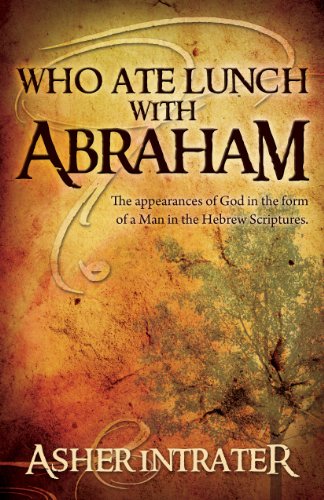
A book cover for Who Ate Lunch with Abraham?; Asher Intrater; Christian Books & Bibles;